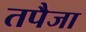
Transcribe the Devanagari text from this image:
तपैजा